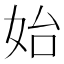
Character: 始